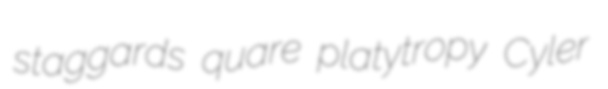
staggards quare platytropy Cyler